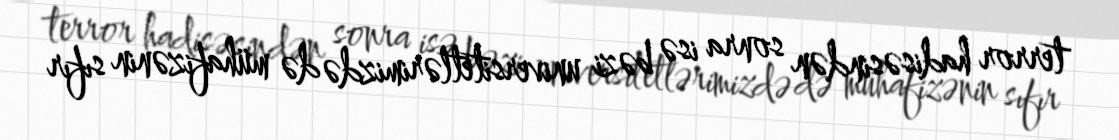
terror hadisəsindən sonra isə bəzi universitetlərimizdə də mühafizənin sıfır